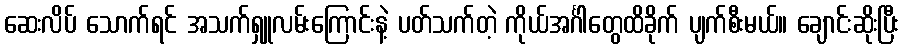
ဆေးလိပ် သောက်ရင် အသက်ရှူလမ်းကြောင်းနဲ့ ပတ်သက်တဲ့ ကိုယ်အင်္ဂါတွေထိခိုက် ပျက်စီးမယ်။ ချောင်းဆိုးပြီး